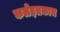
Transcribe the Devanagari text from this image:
कलेइतकाच